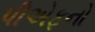
પીએફનો